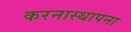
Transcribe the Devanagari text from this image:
करनास्थापना